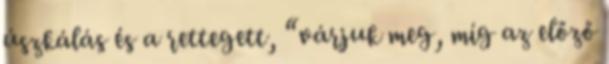
úszkálás és a rettegett, “várjuk meg, míg az előző